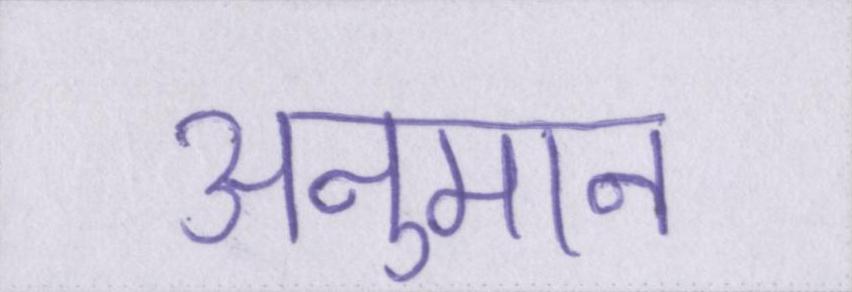
अनुमान